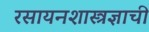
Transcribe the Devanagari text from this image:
रसायनशास्त्रज्ञाची